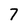
Character: 7